Scottish Leaving Certificate Examination, 1955
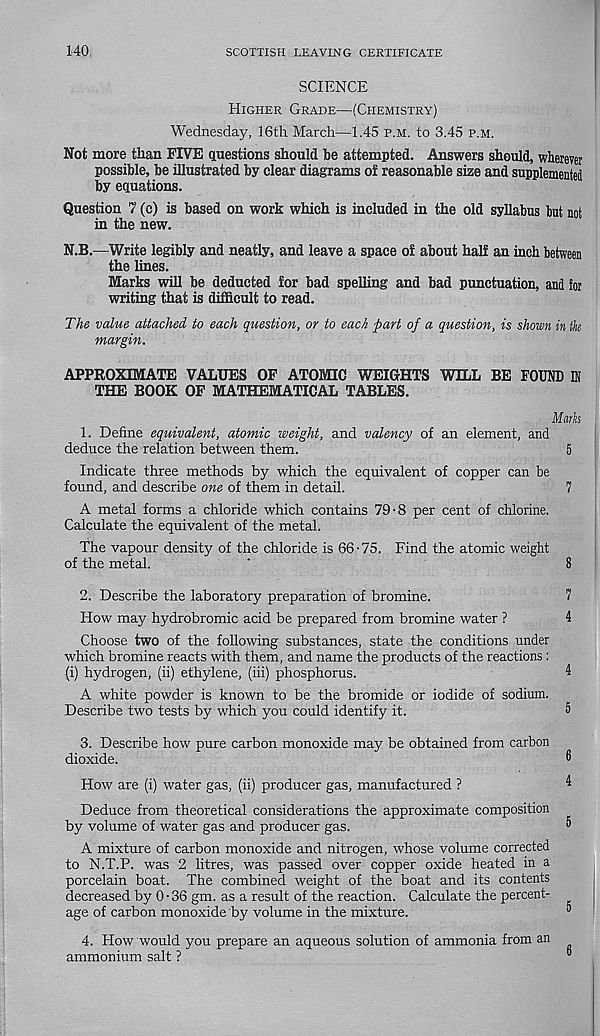
140
SCOTTISH LEAVING CERTIFICATE
SCIENCE
Higher Grade—(Chemistry)
Wednesday, 16th March—1.45 p.m. to 3.45 p.m.
Not more than FIVE questions should be attempted. Answers should, wherever
possible, be illustrated by clear diagrams of reasonable size and supplemented
by equations.
Question 7 (c) is based on work which is included in the old syllabus but not
in the new.
N.B.—Write legibly and neatly, and leave a space of about half an inch between
the lines.
Marks will be deducted for bad spelling and bad punctuation, and for
writing that is difficult to read.
The value attached to each question, or to each part of a question, is shown in the
margin.
APPROXIMATE VALUES OF ATOMIC WEIGHTS WILL BE FOUND 1
THE BOOK OF MATHEMATICAL TABLES.
Mark
1. Define equivalent, atomic weight, and valency of an element, and
deduce the relation between them.
5
Indicate three methods by which the equivalent of copper can be
found, and describe one of them in detail.
7
A metal forms a chloride which contains 79-8 per cent of chlorine.
Calculate the equivalent of the metal.
The vapour density of the chloride is 66-75. Find the atomic weight
of the metal.
'
8
2. Describe the laboratory preparation of bromine.
7
How may hydrobromic acid be prepared from bromine water ?
4
Choose two of the following substances, state the conditions under
which bromine reacts with them, and name the products of the reactions :
(i) hydrogen, (ii) ethylene, (iii) phosphorus.
4
A white powder is known to be the bromide or iodide of sodium.
Describe two tests by which you could identify it.
5
3. Describe how pure carbon monoxide may be obtained from carbon
dioxide.
®
How are (i) water gas, (ii) producer gas, manufactured ?
4
Deduce from theoretical considerations the approximate composition
by volume of water gas and producer gas.
®
A mixture of carbon monoxide and nitrogen, whose volume corrected
to N.T.P. was 2 litres, was passed over copper oxide heated in a
porcelain boat. The combined weight of the boat and its contents
decreased by 0 • 36 gm. as a result of the reaction. Calculate the percent-
age of carbon monoxide by volume in the mixture.
4. How would you prepare an aqueous solution of ammonia from an
ammonium salt ?
”